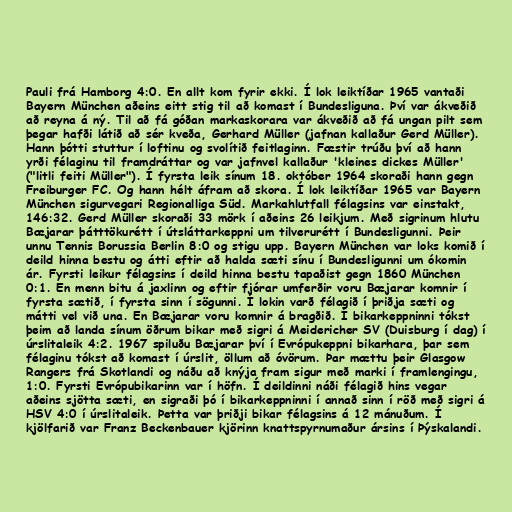
Pauli frá Hamborg 4:0. En allt kom fyrir ekki. Í lok leiktíðar 1965 vantaði
Bayern München aðeins eitt stig til að komast í Bundesliguna. Því var ákveðið
að reyna á ný. Til að fá góðan markaskorara var ákveðið að fá ungan pilt sem
þegar hafði látið að sér kveða, Gerhard Müller (jafnan kallaður Gerd Müller).
Hann þótti stuttur í loftinu og svolítið feitlaginn. Fæstir trúðu því að hann
yrði félaginu til framdráttar og var jafnvel kallaður 'kleines dickes Müller'
("litli feiti Müller"). Í fyrsta leik sínum 18. október 1964 skoraði hann gegn
Freiburger FC. Og hann hélt áfram að skora. Í lok leiktíðar 1965 var Bayern
München sigurvegari Regionalliga Süd. Markahlutfall félagsins var einstakt,
146:32. Gerd Müller skoraði 33 mörk í aðeins 26 leikjum. Með sigrinum hlutu
Bæjarar þátttökurétt í útsláttarkeppni um tilverurétt í Bundesligunni. Þeir
unnu Tennis Borussia Berlin 8:0 og stigu upp. Bayern München var loks komið í
deild hinna bestu og átti eftir að halda sæti sínu í Bundesligunni um ókomin
ár. Fyrsti leikur félagsins í deild hinna bestu tapaðist gegn 1860 München
0:1. En menn bitu á jaxlinn og eftir fjórar umferðir voru Bæjarar komnir í
fyrsta sætið, í fyrsta sinn í sögunni. Í lokin varð félagið í þriðja sæti og
mátti vel við una. En Bæjarar voru komnir á bragðið. Í bikarkeppninni tókst
þeim að landa sínum öðrum bikar með sigri á Meidericher SV (Duisburg í dag) í
úrslitaleik 4:2. 1967 spiluðu Bæjarar því í Evrópukeppni bikarhara, þar sem
félaginu tókst að komast í úrslit, öllum að óvörum. Þar mættu þeir Glasgow
Rangers frá Skotlandi og náðu að knýja fram sigur með marki í framlengingu,
1:0. Fyrsti Evrópubikarinn var í höfn. Í deildinni náði félagið hins vegar
aðeins sjötta sæti, en sigraði þó í bikarkeppninni í annað sinn í röð með sigri á
HSV 4:0 í úrslitaleik. Þetta var þriðji bikar félagsins á 12 mánuðum. Í
kjölfarið var Franz Beckenbauer kjörinn knattspyrnumaður ársins í Þýskalandi.